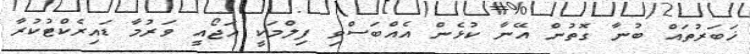
ޚަބަރުތައް ބުނާ ގޮތުން އޭނާ ކުޅެން އެއްބަސްވި ފިލްމަކީ އަޖޯއީ ވަރުމާ ޑައިރެކްޓުކުރާ